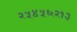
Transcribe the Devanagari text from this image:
२५४५६२१३